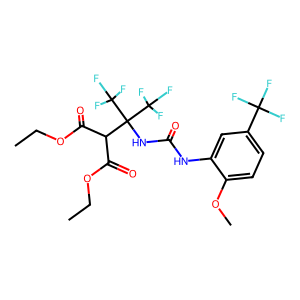
SMILES: CCOC(=O)C(C(=O)OCC)C(NC(=O)Nc1cc(C(F)(F)F)ccc1OC)(C(F)(F)F)C(F)(F)F
Inhibits HIV replication: No